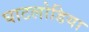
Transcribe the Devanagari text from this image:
घाटलोडिया